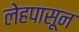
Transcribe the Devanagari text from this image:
लेहपासून